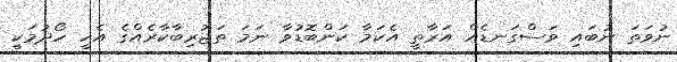
ނުވަތަ ނުބައި ވަސްގަނޑެއް އަރާތީ އެކަމާ ކަންބޮޑުވާ ނަމަ ތަޖުރިބާކާރެއްގެ އެހީ ހޯދުމަކީ